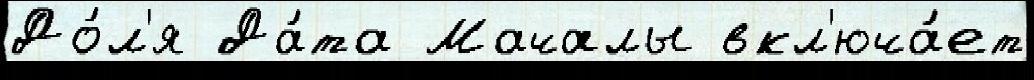
До́л'я Да́та Мачалы вкл'юча́ет